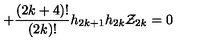
+ \frac { ( 2 k + 4 ) ! } { ( 2 k ) ! } h _ { 2 k + 1 } h _ { 2 k } { \cal Z } _ { 2 k } = 0